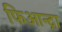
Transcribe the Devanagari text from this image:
फिआन्द्रा